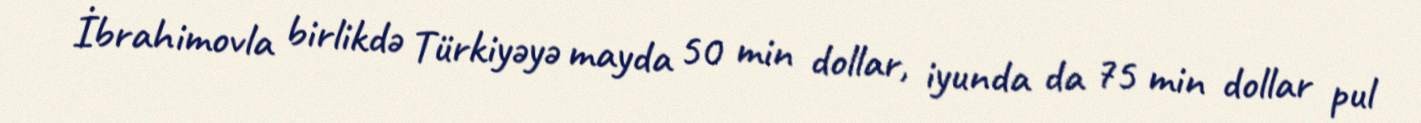
İbrahimovla birlikdə Türkiyəyə mayda 50 min dollar, iyunda da 75 min dollar pul